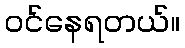
ဝင်နေရတယ်။